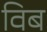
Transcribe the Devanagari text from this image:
विब